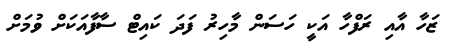
ޒަހާ އާއި ރަފްހާ އަކީ ހަސަން މާހިރު ފަދަ ކައިޓް ސާފާއަކަށް ވުމަށް